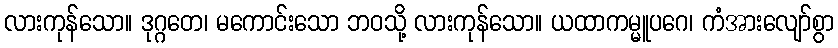
လားကုန်သော။ ဒုဂ္ဂတေ၊ မကောင်းသော ဘဝသို့ လားကုန်သော။ ယထာကမ္မူပဂေ၊ ကံအားလျော်စွာ